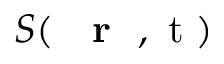
S ( \mathrm { ~ { ~ \bf ~ r ~ } ~ , ~ t ~ } )